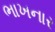
ભાખનાર